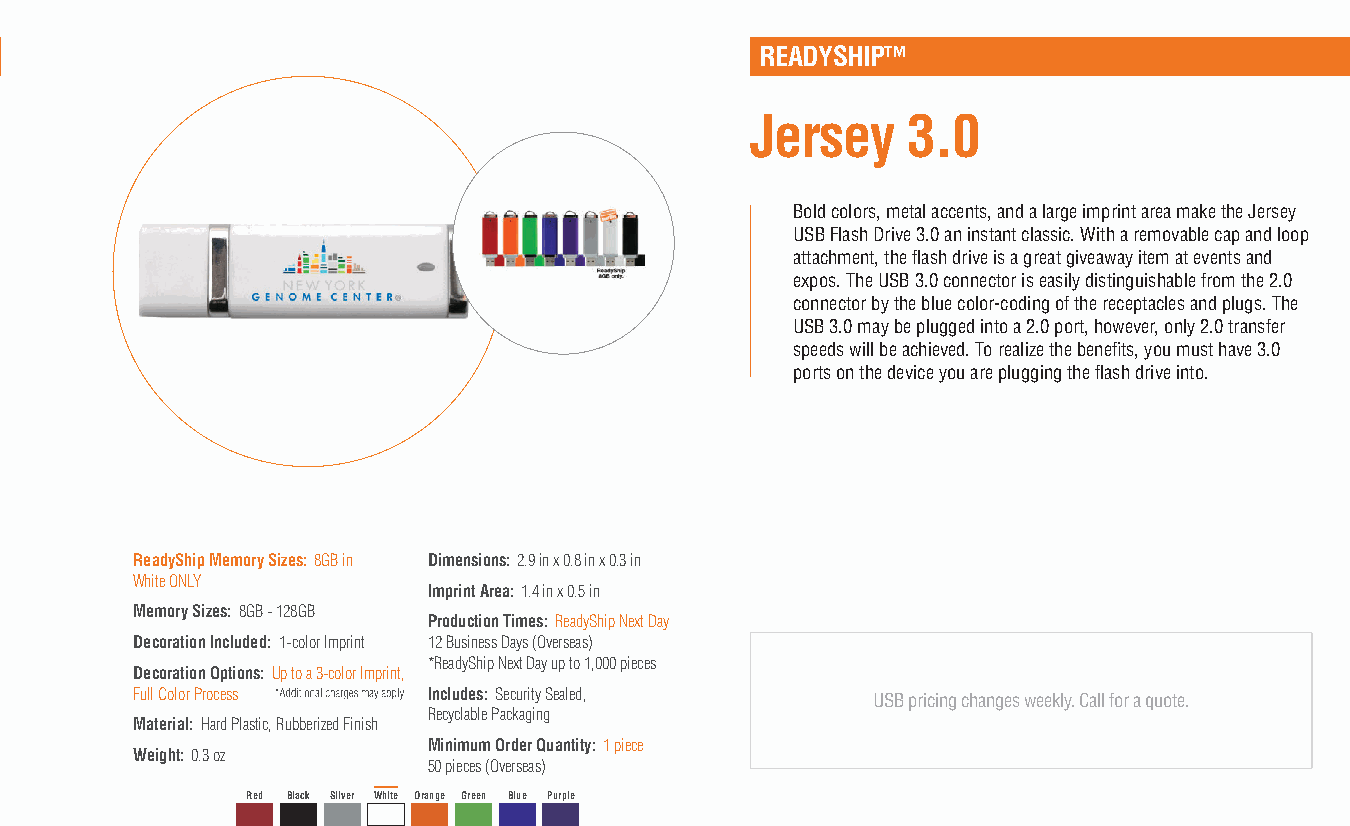
READYSHIP™
 Jersey    3.0
 Bold colors, metal accents, and a large imprint area make the Jersey
 USB Flash Drive 3.0 an instant classic. With a removable cap and loop
 attachment, the flash drive is a great giveaway item at events and
 expos. The USB 3.0 connector is easily distinguishable from the 2.0
 connector by the blue color-coding of the receptacles and plugs. The
 USB 3.0 may be plugged into a 2.0 port, however, only 2.0 transfer
 speeds will be achieved. To realize the benefits, you must have 3.0
 ports on the device you are plugging the flash drive into.
 ReadyShip Memory Sizes: 8GB in Dimensions: 2.9 in x 0.8 in x 0.3 in
 White ONLY
 Imprint Area: 1.4 in x 0.5 in
 Memory Sizes: 8GB - 128GB
 Production Times: ReadyShip Next Day
 Decoration Included: 1-color Imprint 12 Business Days (Overseas)
 *ReadyShip Next Day up to 1,000 pieces
 Decoration Options: Up to a 3-color Imprint,
 Full Color Process Includes: Security Sealed,    USB pricing changes weekly. Call for a quote.
 Recyclable Packaging
 Material: Hard Plastic, Rubberized Finish
 Minimum Order Quantity: 1 piece
 Weight: 0.3 oz
 50 pieces (Overseas)
 Red Black Silver White Orange Green Blue Purple